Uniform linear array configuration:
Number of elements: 16
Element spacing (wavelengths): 0.5
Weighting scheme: exponential
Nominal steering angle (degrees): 15
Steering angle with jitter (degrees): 15.868
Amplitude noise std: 0.05
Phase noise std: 0.05

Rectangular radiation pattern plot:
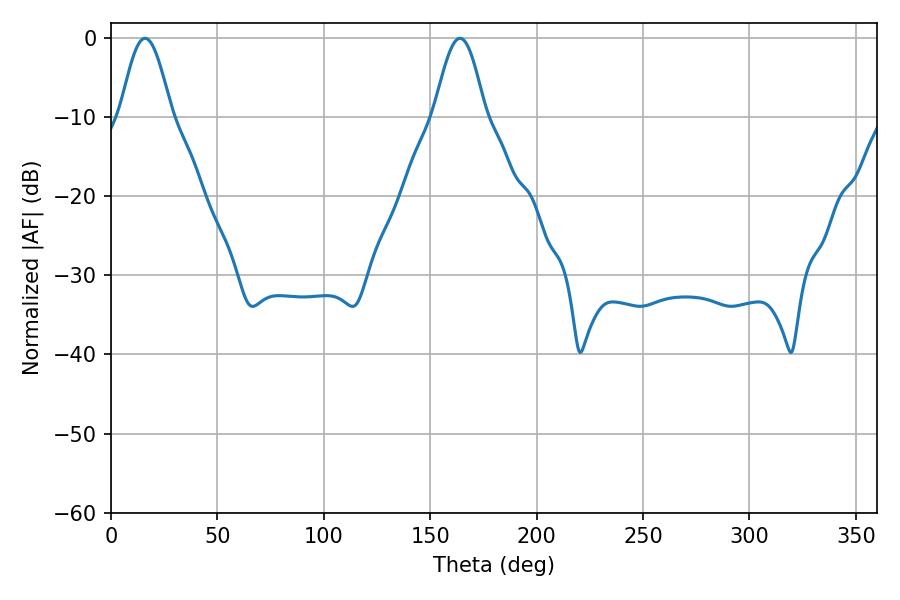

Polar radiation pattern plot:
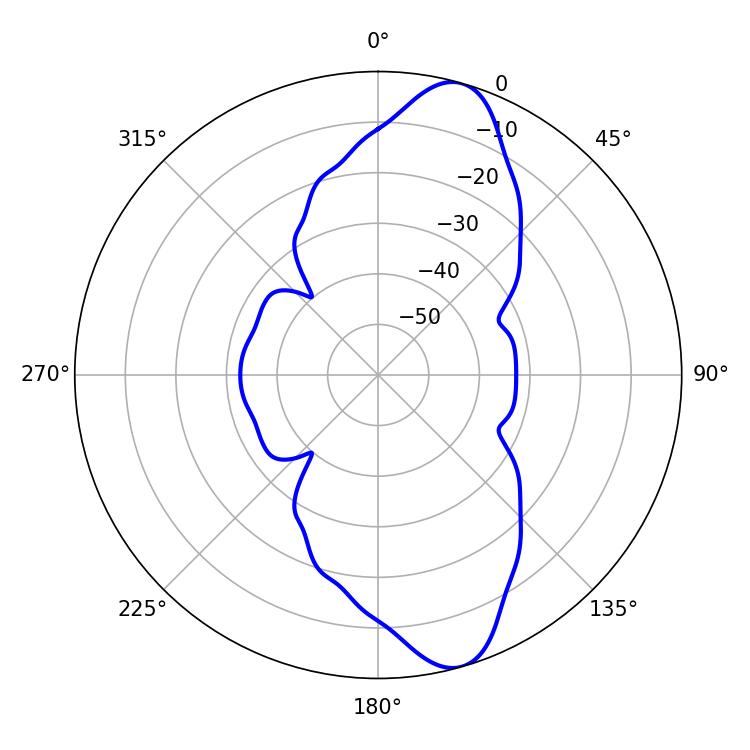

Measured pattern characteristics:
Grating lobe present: FALSE
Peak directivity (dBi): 11.322
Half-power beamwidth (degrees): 12.78
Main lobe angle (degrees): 16.02